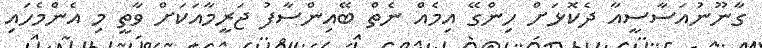
ގާނޫނުއަސާސީއާ ދެކޮޅަށް ހިންގޭ އިމެއް ނެތް ބޭއިންސާފު ޖަރީމާއަކަށް ވާތީ މި އެންމެހައި